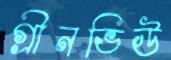
গ্রীনভিউ